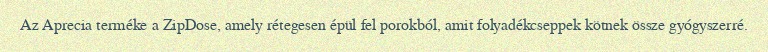
Az Aprecia terméke a ZipDose, amely rétegesen épül fel porokból, amit folyadékcseppek kötnek össze gyógyszerré.